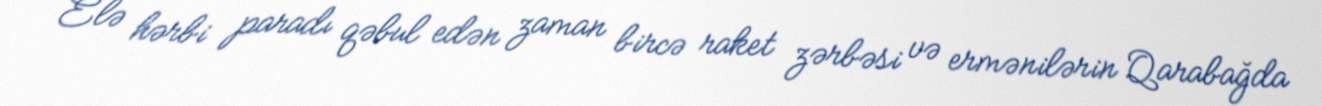
Elə hərbi paradı qəbul edən zaman bircə raket zərbəsi və ermənilərin Qarabağda